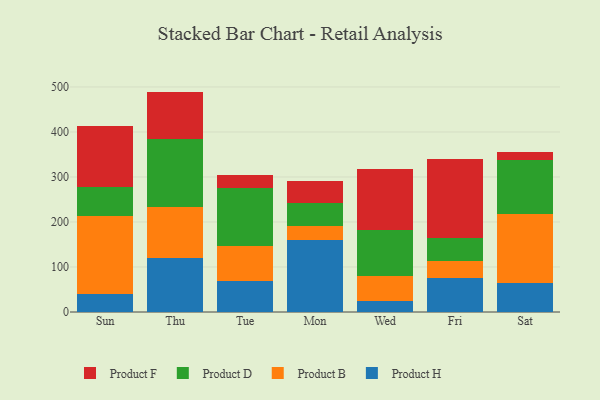
{"axis": {"x": "Day", "y": "Churn Rate (%)"}, "legend": ["Product B", "Product D", "Product F", "Product H"], "data": [{"x": "Sun", "y": 38.9, "type": "Product H"}, {"x": "Sun", "y": 174.3, "type": "Product B"}, {"x": "Sun", "y": 65.6, "type": "Product D"}, {"x": "Sun", "y": 135.4, "type": "Product F"}, {"x": "Thu", "y": 119.5, "type": "Product H"}, {"x": "Thu", "y": 113.4, "type": "Product B"}, {"x": "Thu", "y": 152.2, "type": "Product D"}, {"x": "Thu", "y": 104.6, "type": "Product F"}, {"x": "Tue", "y": 68.4, "type": "Product H"}, {"x": "Tue", "y": 78.2, "type": "Product B"}, {"x": "Tue", "y": 128.9, "type": "Product D"}, {"x": "Tue", "y": 28.5, "type": "Product F"}, {"x": "Mon", "y": 159.9, "type": "Product H"}, {"x": "Mon", "y": 30.9, "type": "Product B"}, {"x": "Mon", "y": 50.4, "type": "Product D"}, {"x": "Mon", "y": 50.6, "type": "Product F"}, {"x": "Wed", "y": 24.1, "type": "Product H"}, {"x": "Wed", "y": 55.4, "type": "Product B"}, {"x": "Wed", "y": 101.9, "type": "Product D"}, {"x": "Wed", "y": 137.3, "type": "Product F"}, {"x": "Fri", "y": 75.6, "type": "Product H"}, {"x": "Fri", "y": 38.2, "type": "Product B"}, {"x": "Fri", "y": 50.9, "type": "Product D"}, {"x": "Fri", "y": 176.2, "type": "Product F"}, {"x": "Sat", "y": 63.6, "type": "Product H"}, {"x": "Sat", "y": 154.1, "type": "Product B"}, {"x": "Sat", "y": 120.8, "type": "Product D"}, {"x": "Sat", "y": 17.7, "type": "Product F"}]}